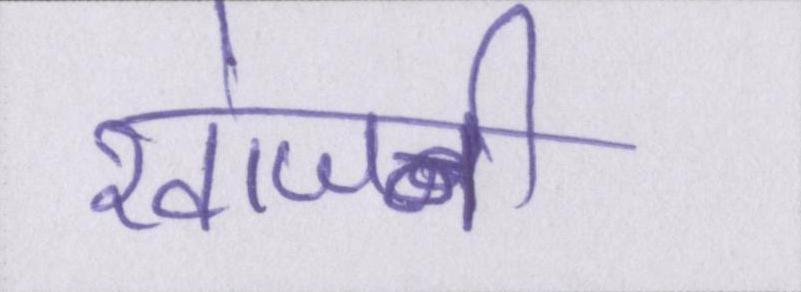
खोजनी